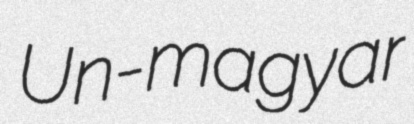
Un-magyar